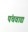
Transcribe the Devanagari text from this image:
पंचवाद्य